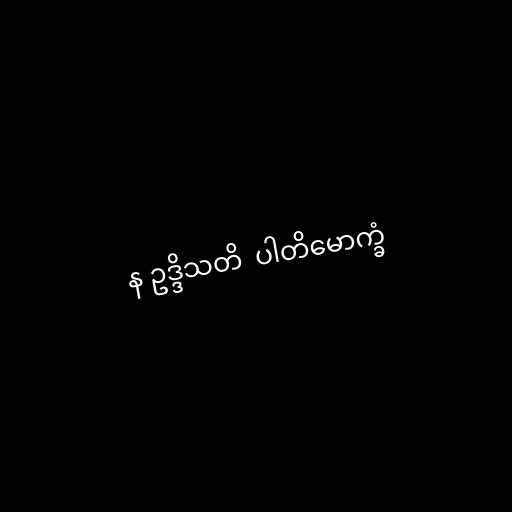
န ဥဒ္ဒိသတိ  ပါတိမောက္ခံ